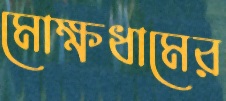
মোক্ষধামের